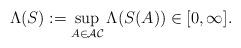
LaTeX: \begin{align*}\Lambda(S):=\sup_{A\in\mathcal{AC}}\Lambda(S(A))\in[0,\infty].\end{align*}